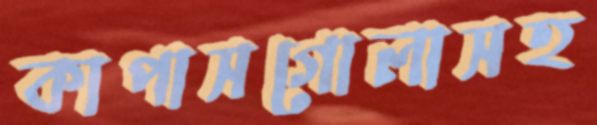
কাপাসগোলাসহ